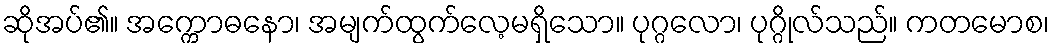
ဆိုအပ်၏။ အက္ကောဓနော၊ အမျက်ထွက်လေ့မရှိသော။ ပုဂ္ဂလော၊ ပုဂ္ဂိုလ်သည်။ ကတမောစ၊